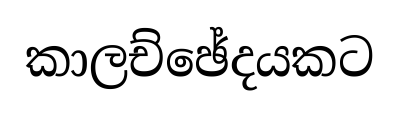
කාලච්ඡේදයකට